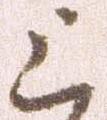
上